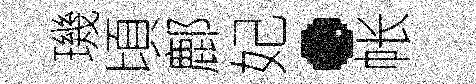
璣頃鄜妃·帐